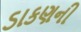
ડાકણની